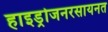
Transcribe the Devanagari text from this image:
हाइड्रोजनरसायनत